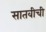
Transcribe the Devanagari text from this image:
सातवीची